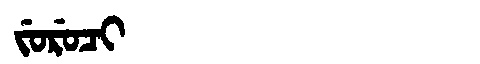
Manchu: ᠵᡠᡵᡠᠴᡳ
Romanization: JURUCI